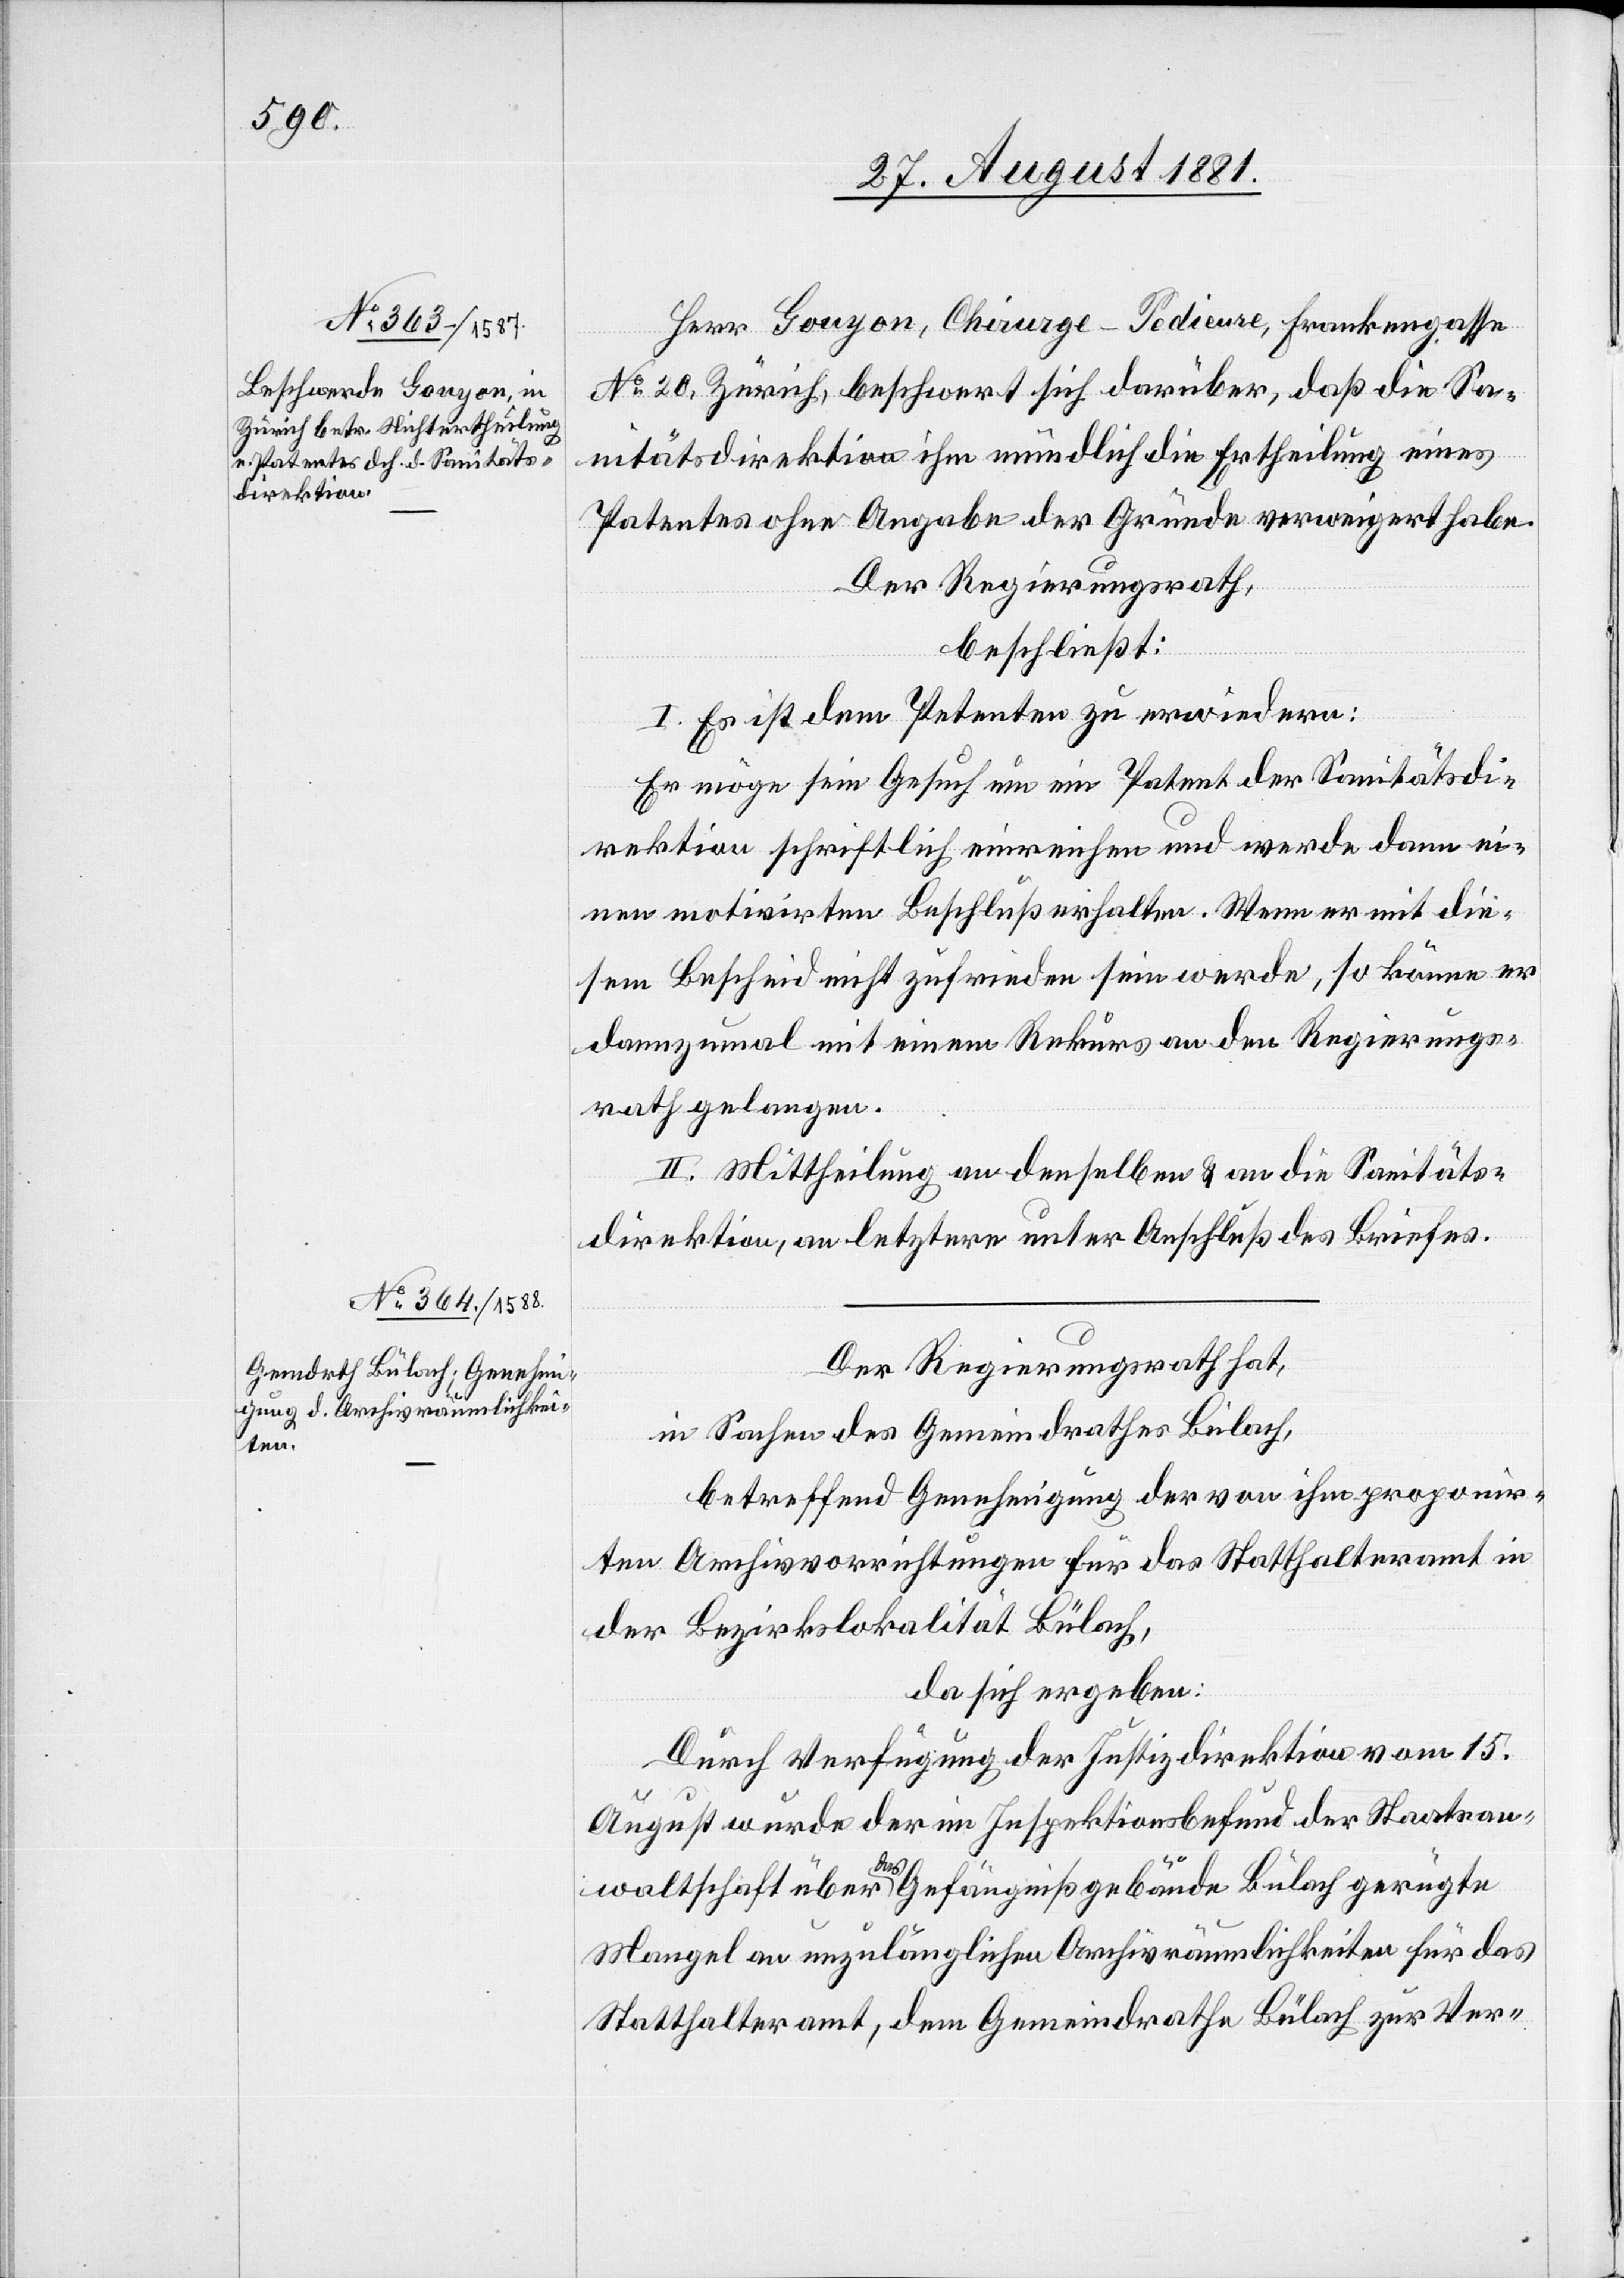
Herr Gouyon, Chirurge - Pedieure, Frankengasse
No 20, Zürich, beschwert sich darüber, daß die Sa¬
nitätsdirektion ihm mündlich die Ertheilung eines
Patentes ohne Angabe der Gründe verweigert habe.
der Regierungsrath,
beschließt:
I. Es ist dem Petenten zu erwiedern:
Er möge sein Gesuch um ein Patent der Sanitätsdi¬
rektion schriftlich einreichen und werde dann ei¬
nen motivirten Beschluß erhalten. Wenn er mit die¬
sem Bescheid nicht zufrieden sein werde, so könne er
dannzumal mit einem Rekurs an den Regierungs¬
rath gelangen.
II. Mittheilung an denselben & an die Sanitäts¬
direktion, an letztere unter Anschluß des Briefes.
Der Regierungsrath hat,
in Sachen des Gemeindrathes Bülach,
betreffend Genehmigung der von ihm proponir¬
ten Archivvorrichtungen für das Statthalteramt in
der Bezirkslokalität Bülach,
da sich ergeben:
Durch Verfügung der Justizdirektion vom 15.
August wurde der im Inspektionsbefund der Staatsan¬
waltschaft über das Gefängnißgebäude Bülach gerügte
Mangel an unzulänglichen Archivräumlichkeiten für das
Statthalteramt, dem Gemeindrathe Bülach zur Ver-